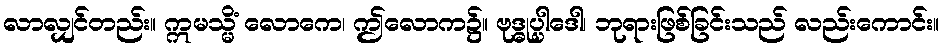
လာလျှင်တည်း။ ဣမသ္မိံ လောကေ၊ ဤလောက၌။ ဗုဒ္ဓုပ္ပါဒေါ၊ ဘုရားဖြစ်ခြင်းသည် လည်းကောင်း။